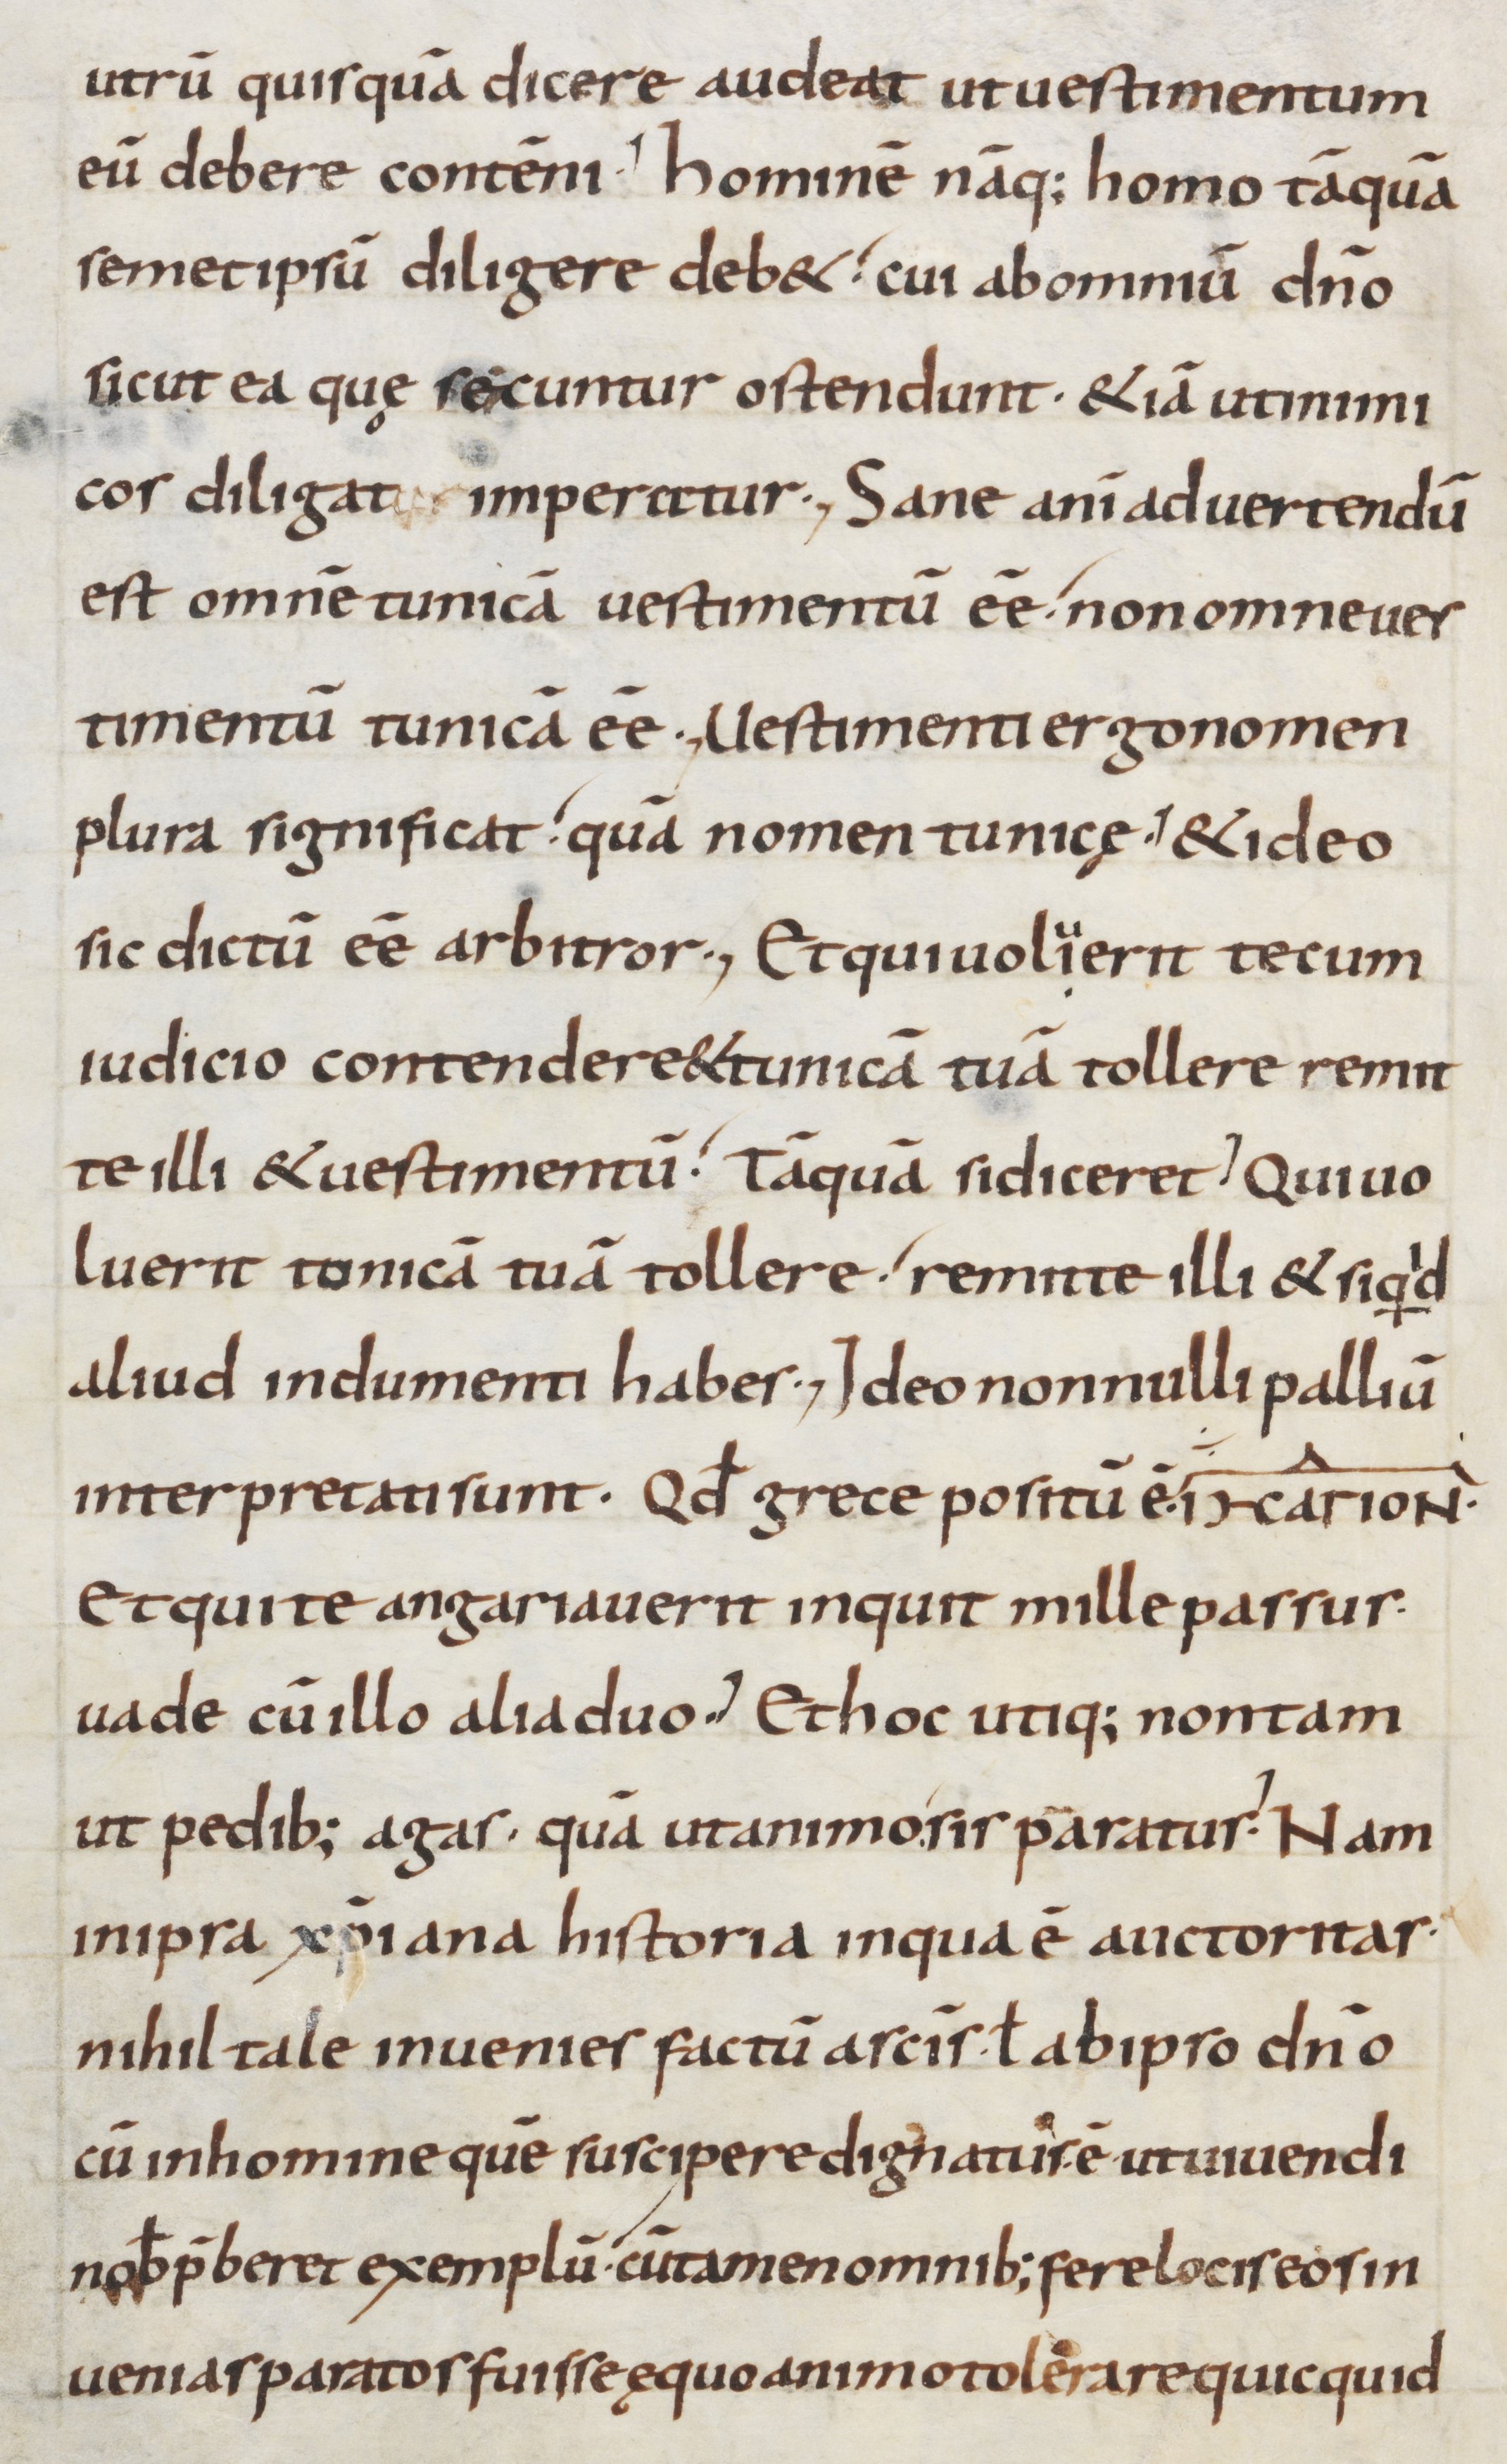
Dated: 800–899